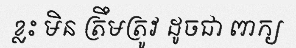
ខ្លះ មិន ត្រឹមត្រូវ ដូចជា ពាក្យ